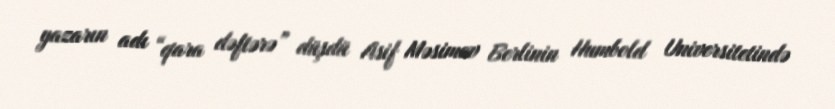
yazarın adı “qara dəftərə” düşdü Asif Məsimov Berlinin Humbold Universitetində